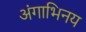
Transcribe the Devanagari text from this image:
अंगाभिनय